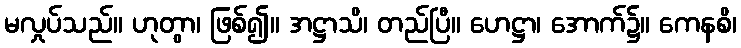
မလှုပ်သည်။ ဟုတွာ၊ ဖြစ်၍။ အဋ္ဌာသိ၊ တည်ပြီ။ ဟေဋ္ဌာ၊ အောက်၌။ ကေနစိ၊